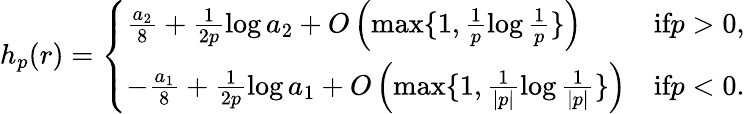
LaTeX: h_{p}(r)=\left\{ \begin{array}{ll}{\frac{a_{2}}{8}+\frac{1}{2p}\log a_{2}+O\left(\operatorname*{max}\{ 1,\frac{1}{p}\log\frac{1}{p}\} \right)}&{\textrm{if}p>0,}\\ {-\frac{a_{1}}{8}+\frac{1}{2p}\log a_{1}+O\left(\operatorname*{max}\{ 1,\frac{1}{|p|}\log\frac{1}{|p|}\} \right)}&{\textrm{if}p<0.}\end{array}\right.